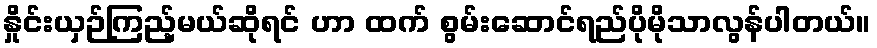
နှိုင်းယှဉ်ကြည့်မယ်ဆိုရင် ဟာ ထက် စွမ်းဆောင်ရည်ပိုမိုသာလွန်ပါတယ်။